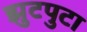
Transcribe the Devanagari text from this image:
झुटपुटा